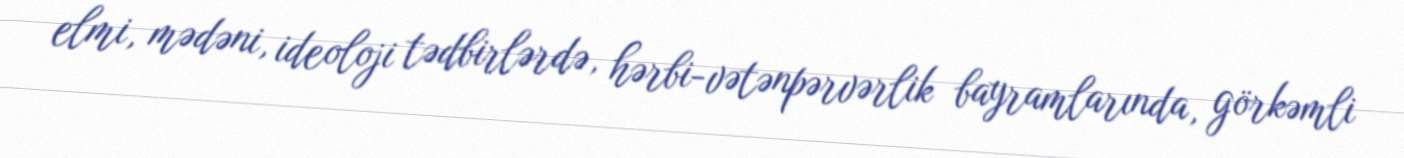
elmi, mədəni, ideoloji tədbirlərdə, hərbi-vətənpərvərlik bayramlarında, görkəmli